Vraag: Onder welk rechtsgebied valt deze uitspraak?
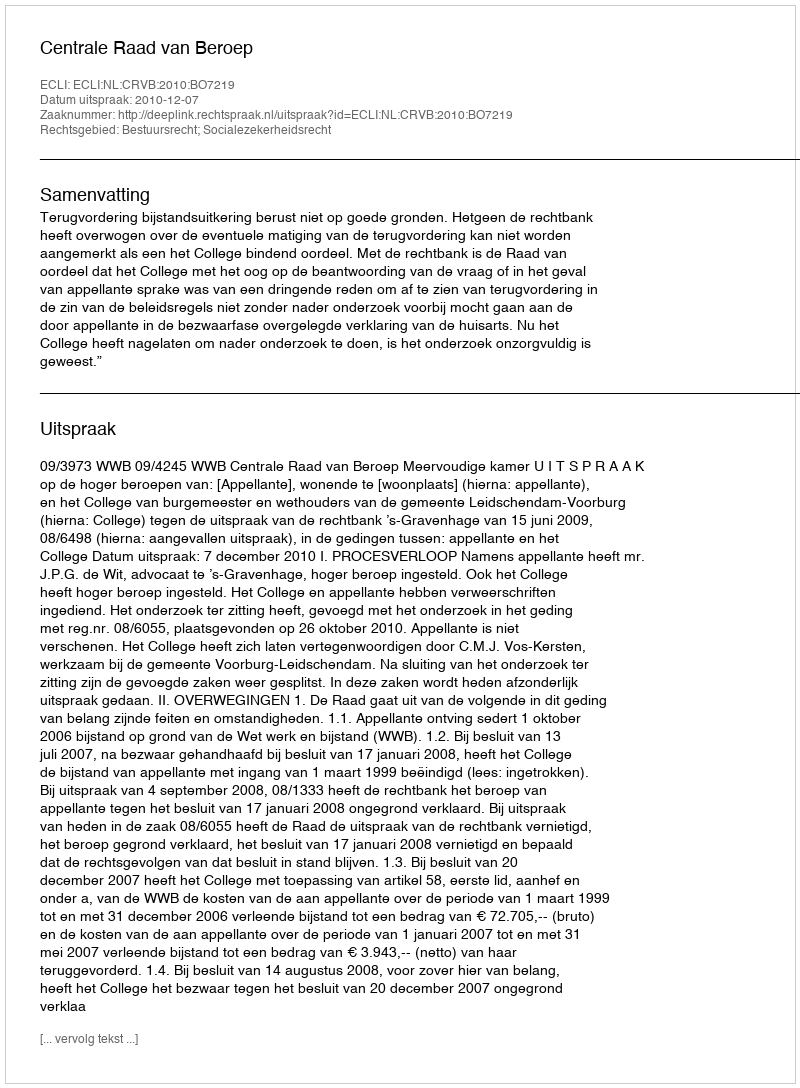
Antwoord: Bestuursrecht; Socialezekerheidsrecht